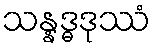
သန္နဒ္ဓဒုဿံ